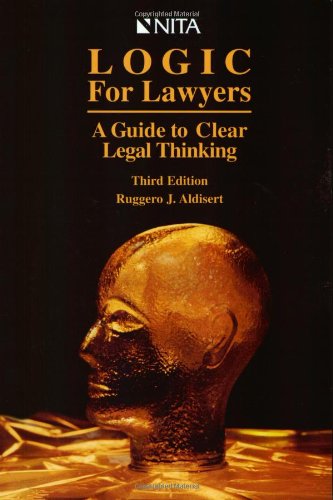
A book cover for Logic for Lawyers : A Guide to Clear Legal Thinking; Hon. Ruggero J. Aldisert; Law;